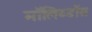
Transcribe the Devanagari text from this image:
मॉलिब्डॉस